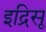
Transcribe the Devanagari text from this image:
इद्रिसू